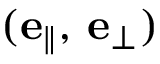
( \mathbf { e } _ { \| } , \, \mathbf { e } _ { \perp } )